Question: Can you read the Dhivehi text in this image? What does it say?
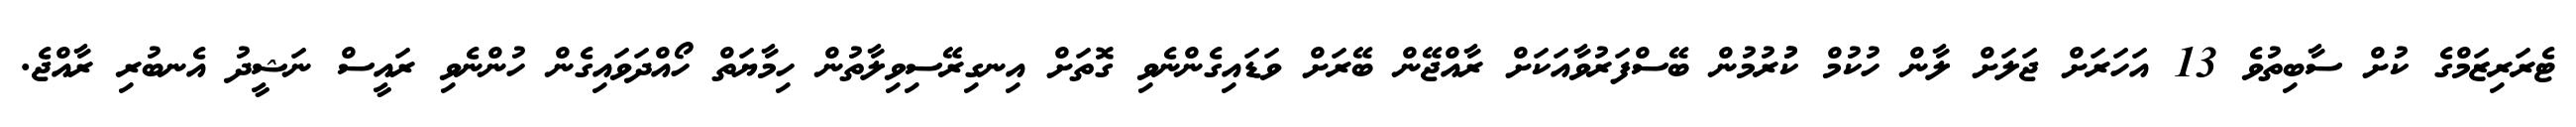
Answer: ޓެރަރިޒަމްގެ ކުށް ސާބިތުވެ 13 އަހަރަށް ޖަލަށް ލާން ހުކުމް ކުުރުމުން ބޭސްފަރުވާއަކަށް ރާއްޖޭން ބޭރަށް ވަޑައިގެންނެވި ގޮތަށް އިނގިރޭސިވިލާތުން ހިމާޔަތް ހޯއްދަވައިގެން ހުންނެވި ރައީސް ނަޝީދު އެނބުރި ރާއްޖެ.